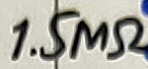
Text: 1.5MΩ